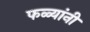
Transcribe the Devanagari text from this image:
फळ्यांनी